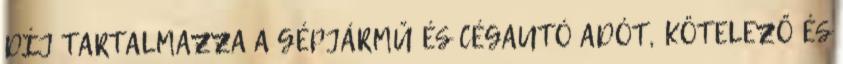
DÍJ TARTALMAZZA A GÉPJÁRMŰ ÉS CÉGAUTÓ ADÓT, KÖTELEZŐ ÉS